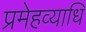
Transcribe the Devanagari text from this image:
प्रमेहव्याधि